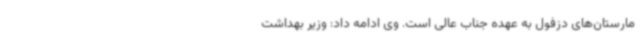
مارستان‌های دزفول به عهده جناب عالی است. وی ادامه داد: وزیر بهداشت